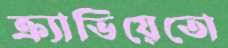
ক্র্যাভিয়েতো